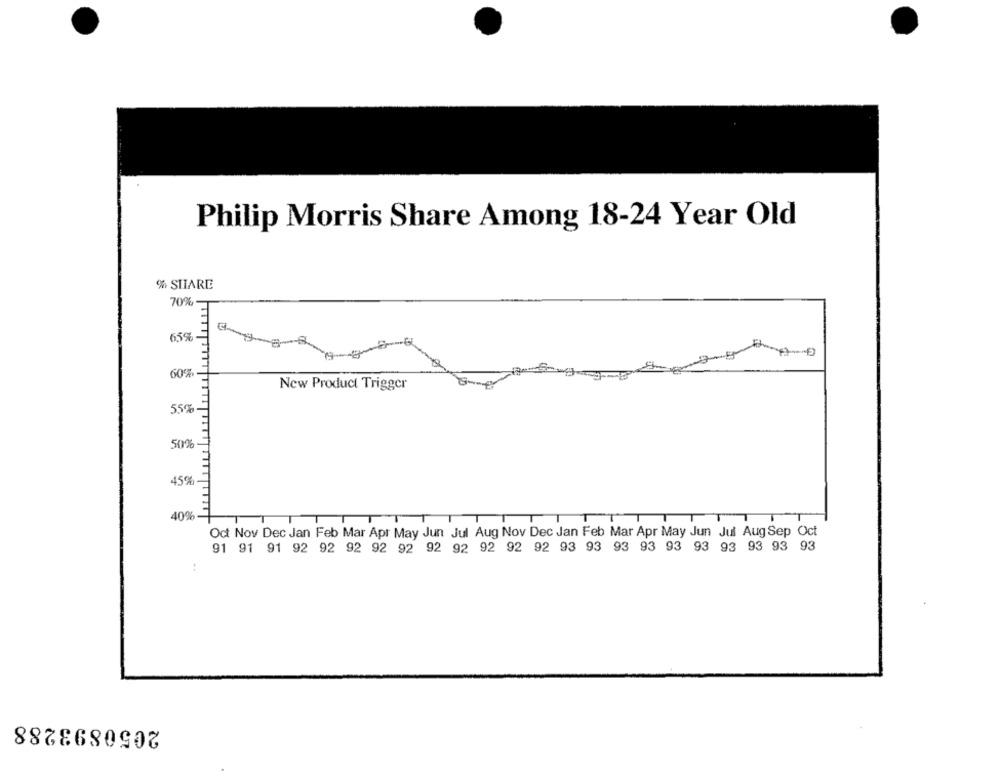
Philip Morris Share Among 18-24 Year Old
% SHARE
70%
65%
60%
New Product Trigger
55%
50%
45%
40%-
TT
T
Oct Nov Dec Jan Feb Mar Apr May Jun Jul Aug Nov Dec Jan Feb Mar Apr May Jun Jul Aug Sep Oct
91 91 91 92 92 92 92 92 92 92 92 92 92 93 93 93 93 93 93 93 93 93 93
2050893288